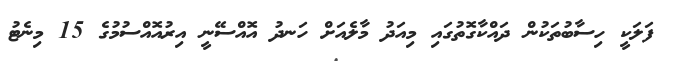
ފަލަކީ ހިސާބުތަކުން ދައްކާގޮތުގައި މިއަދު މާލެއަށް ހަނދު އޮއްސޭނީ އިރުއޮއްސުމުގެ 15 މިނެޓު